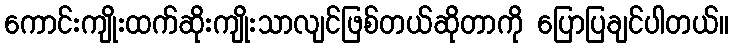
ကောင်းကျိုးထက်ဆိုးကျိုးသာလျင်ဖြစ်တယ်ဆိုတာကို ပြောပြချင်ပါတယ်။